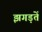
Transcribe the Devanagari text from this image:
झगड़तें